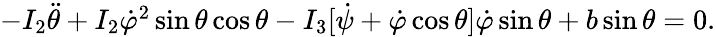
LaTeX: \begin{array}{r}{-I_{2}\ddot{\theta}+I_{2}\dot{\varphi}^{2}\sin\theta\cos\theta-I_{3}[\dot{\psi}+\dot{\varphi}\cos\theta]\dot{\varphi}\sin\theta+b\sin\theta=0.}\end{array}